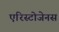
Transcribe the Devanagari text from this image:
एरिस्टोजेनस